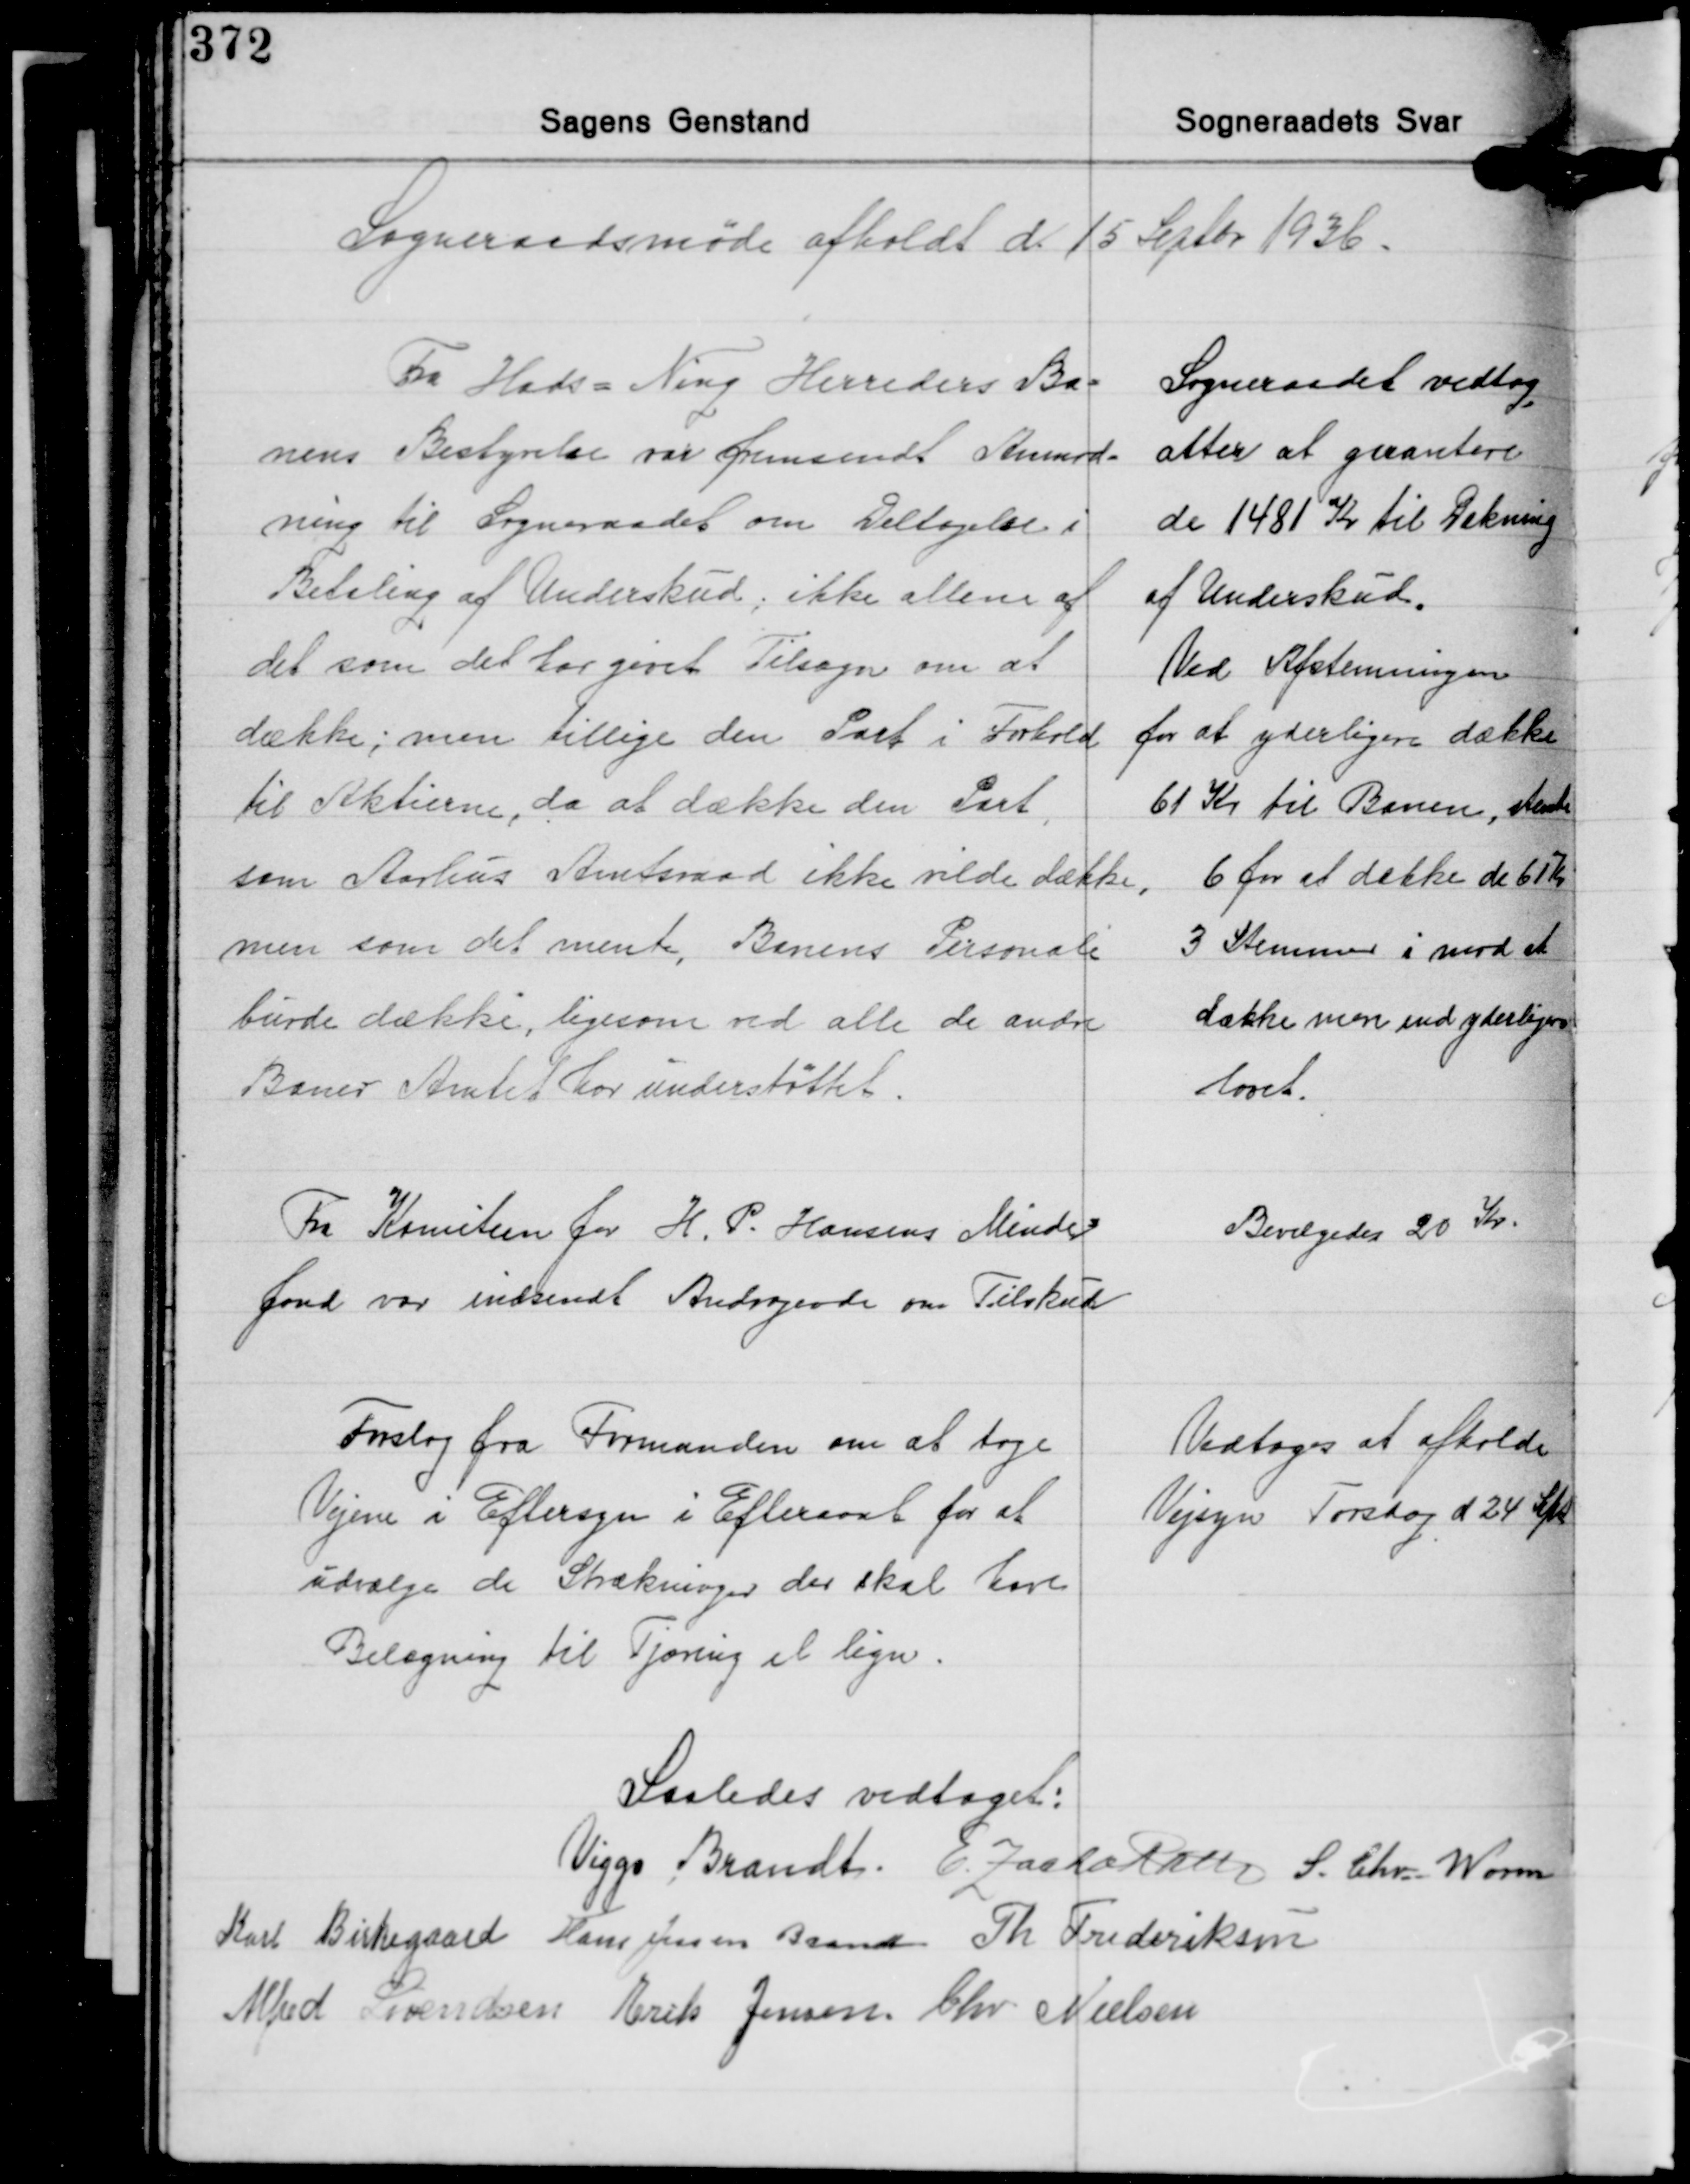
Transskription:
Sogneraadsmøde afholdt d 15 Septbr. 1936.

Fra Hads - Ning Herreders Ba-
nens Bestyrelse var fremsendt Anmod-
ning til Sogneraadet om Deltagelse i
Betaling af Underskud, ikke allene af
det som det har givet Tilsagn om at
dække; men tillige den Part i Forhold
til Aktierne, da at dække den Part
som Aarhus Amtsraad ikke vilde dække
men som det mente, Banens Personale
burde dække, ligesom ved alle de andre
Baner Amtet har understøttet.

Sogneraadet vedtog
atter at garantere
de 1481 Kr. til Dækning
af Underskud.
Ved Afstemningen
for at yderligere dække
61 Kr. til Banen, stemte
6 for at dække de 61 Kr.
3 Stemmer i mod at
dække men end yderligere
lovet.

Fra Komiteen for H. P. Hansens Minde-
fond var indsendt Andragende om Tilskud

Bevilgedes 20 Kr.

Forslag fra Formanden om at tage
Vejene i Eftersyn i Efterarat for at
udvælge de Strækninger der skal have
Belægning til Tjæring el. lign.

Vedtoges at afholde
Vejsyn Torsdag d 24 Sept.

Saaledes vedtaget:
Viggo Brandt E. Zacho Rath S. Chr. Worm
Karl Birkegaard Hans Jessen Brandt Th. Frederiksen
Alfred Svendsen Erik Jensen Chr. Nielsen